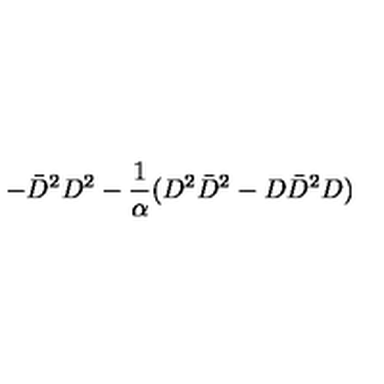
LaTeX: - \bar { D } ^ { 2 } D ^ { 2 } - { \frac { 1 } { \alpha } } ( D ^ { 2 } \bar { D } ^ { 2 } - D \bar { D } ^ { 2 } D )